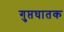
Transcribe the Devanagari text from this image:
गुप्तघातक